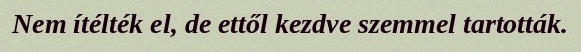
Nem ítélték el, de ettől kezdve szemmel tartották.